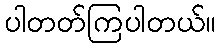
ပါတတ်ကြပါတယ်။